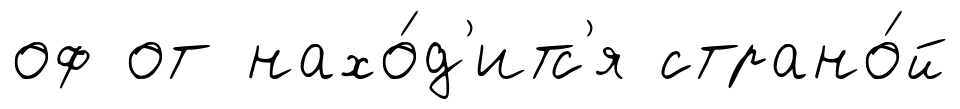
оф от нахо́д'итс'я страно́й